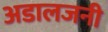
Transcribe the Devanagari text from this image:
अडालजनी